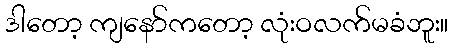
ဒါတော့ ကျနော်ကတော့ လုံးဝလက်မခံဘူး။